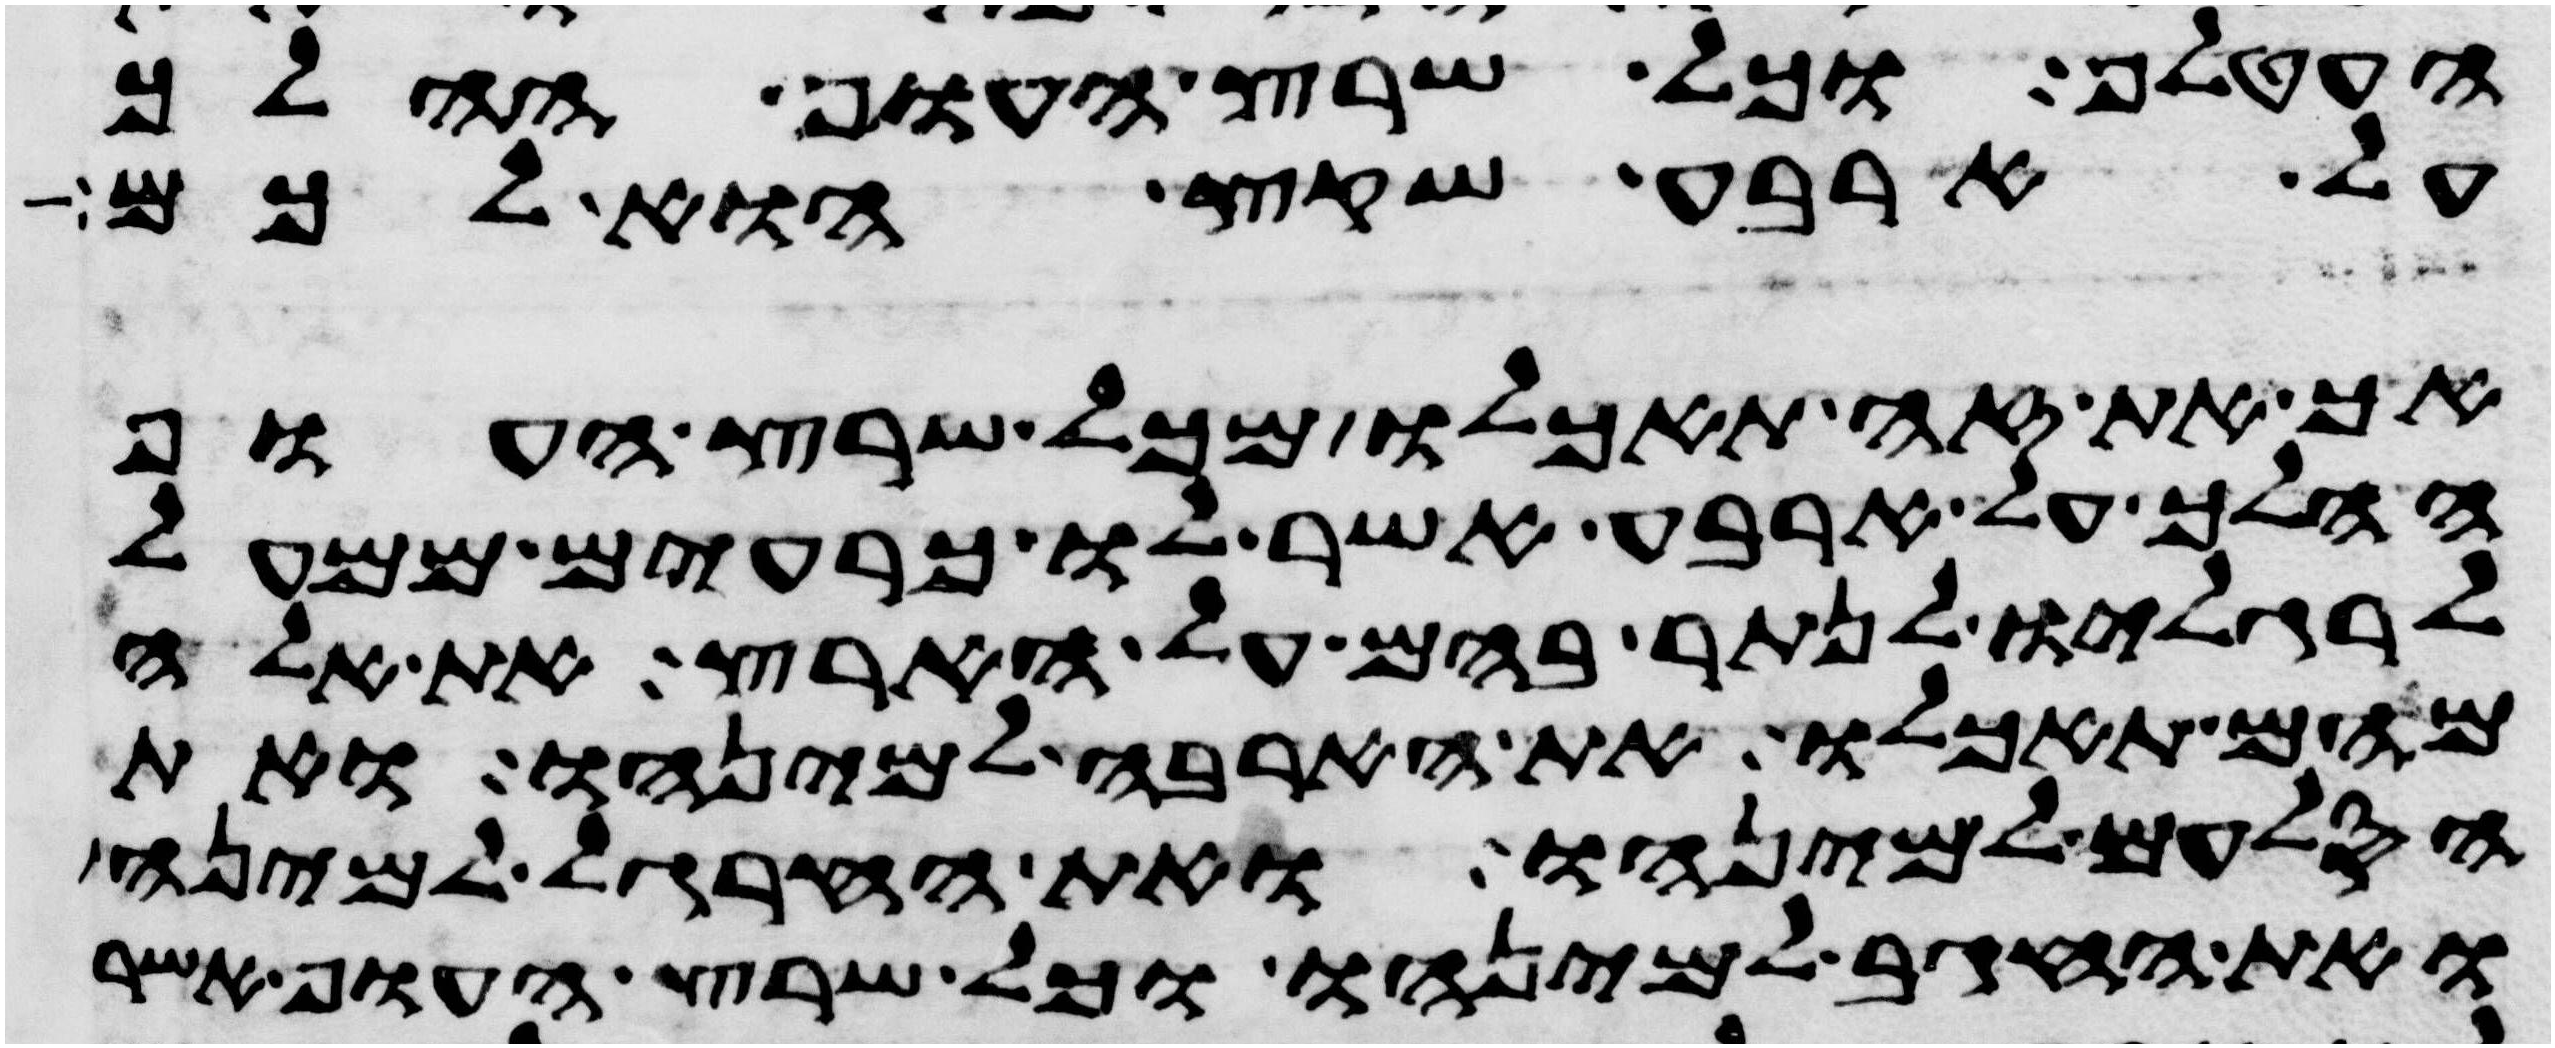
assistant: העטלף כל שרץ העוף ההלך
על ארבע שקץ הוא לכם
אך את זה תאכלו מכל שרץ העוף
ההלך על ארבע אשר לו כרעים ממעל
לרגליו לנתר בהם על הארץ את אלה
מהם תאכלו את הארבה למינהו ואת
הסלעם למינהו ואת החרגל למינה
ואת החגב למינהו וכל שרץ העוף אשר